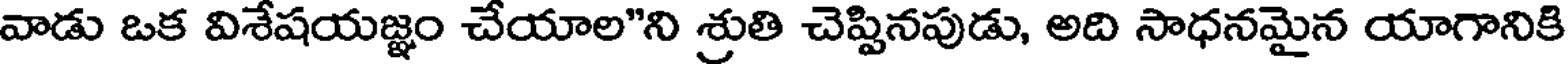
వాడు ఒక విశేషయజ్ఞం చేయాల"ని శ్రుతి చెప్పినపుడు, అది సాధనమైన యాగానికి